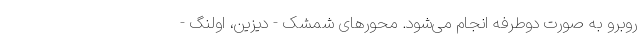
روبرو به صورت دوطرفه انجام می‌شود. محورهای شمشک - دیزین، اولنگ -